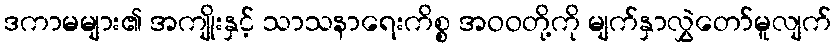
ဒကာမများ၏ အကျိုးနှင့် သာသနာရေးကိစ္စ အဝဝတို့ကို မျက်နှာလွှဲတော်မူလျက်